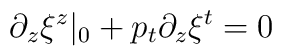
\partial_z\xi^z\vert_0 +p_t \partial_z\xi^t=0